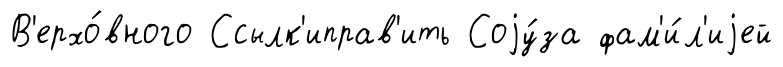
В'ерхо́вного Ссылк'иправ'ить Соjу́за фам'и́л'иjей